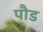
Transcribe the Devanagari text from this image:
पाैड